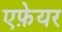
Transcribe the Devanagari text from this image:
एफ़ेयर